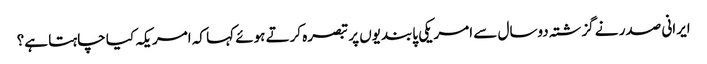
ایرانی صدر نے گزشتہ دوسال سے امریکی پابندیوں پر تبصرہ کرتے ہوئے کہا کہ امریکہ کیا چاہتا ہے؟